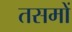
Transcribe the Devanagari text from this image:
तसमों